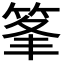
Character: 𥭗